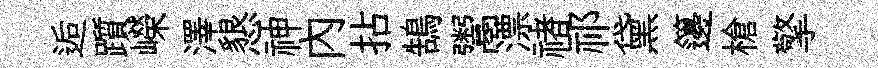
逅躓嶸澤懇神內拈鵠鬻漂禇祁黛籩槍擎